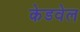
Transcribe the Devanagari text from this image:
केडवेल